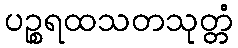
ပဉ္စရထသတသုတ္တံ